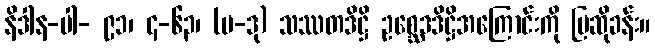
နိဒါန-ပါ- ၉၁၊ ၄-၆၃၊ (ပ-ဒု) သဿတဒိဋ္ဌိ ဥစ္ဆေဒဒိဋ္ဌိအကြောင်းကို ပြဆိုခန်း။